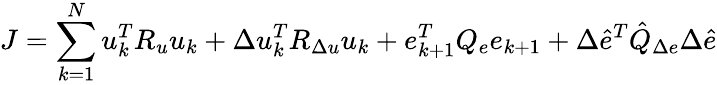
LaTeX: J=\sum_{k=1}^{N}u_{k}^{T}R_{u}u_{k}+\Delta u_{k}^{T}R_{\Delta u}u_{k}+e_{k+1}^{T}Q_{e}e_{k+1}+\Delta\hat{e}^{T}\hat{Q}_{\Delta e}\Delta\hat{e}